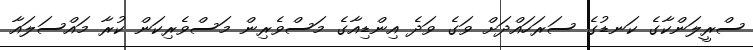
ސްރީލަންކާގެ ކަނޑުގެ ސަރަހައްދަށް ވަގެ ވަދެ އިންޑިއާގެ މަސްވެރިން މަސްވެރިކަން ކުރާ މައްސަލައާ